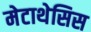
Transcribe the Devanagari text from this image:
मेटाथेसिस